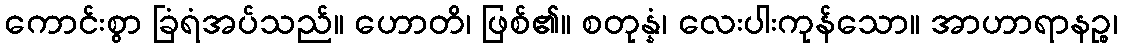
ကောင်းစွာ ခြံရံအပ်သည်။ ဟောတိ၊ ဖြစ်၏။ စတုန္နံ၊ လေးပါးကုန်သော။ အာဟာရာနဉ္စ၊